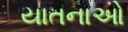
યાતનાઓ